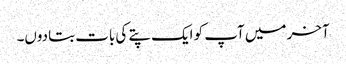
آخر میں آپ کو ایک پتے کی بات بتادوں۔